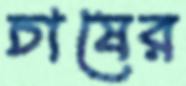
চাষের